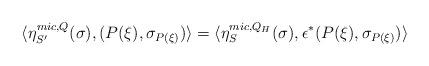
LaTeX: \begin{align*}\langle \eta_{S'}^{mic,Q}(\sigma), (P(\xi),\sigma_{P(\xi)}) \rangle = \langle \eta_{S}^{mic,Q_{H}}(\sigma),\epsilon^{*}(P(\xi), \sigma_{P(\xi)}) \rangle\end{align*}